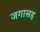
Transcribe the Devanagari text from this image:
जगासह